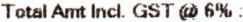
TOTAL AMT INCL. GST @ 6% :